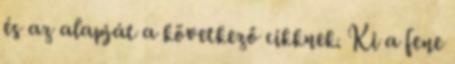
és az alapját a következő cikknek. Ki a fene